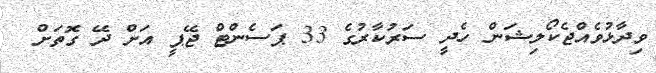
ވިދާޅުވެއްޖެކޯލިޝަން ހެދީ ސަރުކާރުގެ 33 ޕަސެންޓް ޖޭޕީ އަށް ދޭ ގޮތަށް